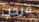
مرحب